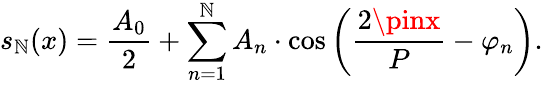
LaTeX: s_{\mathbb{N}}(x)={\frac{{A_{0}}}{{2}}}+\sum_{n=1}^{\mathbb{N}}A_{n}\cdot\cos\left({\frac{{2\pinx}}{{P}}}-\varphi_{n}\right).